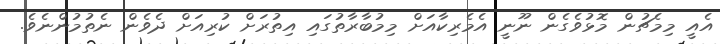
އެއީ މިމެޗުން މޮޅުވެގެން ނޫނީ އެމެރިކާއަށް މިމުބާރާތުގައި އިތުރަށް ކުރިއަށް ދެވެން ނެތުމުންނެވެ.